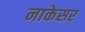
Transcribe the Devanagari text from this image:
नाकेसर